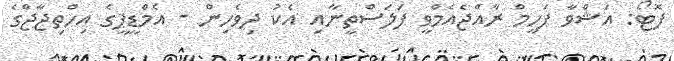
ފޮޓޯ: އަޝްވާ ފަހީމް ރާއްޖެއެމްވީ ފަލަސްތީނާއި އެކު ދިވެހިން - އެމްޑީޕީގެ އިހްތިޖާޖްގެ